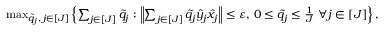
\begin{array} { r } { \operatorname* { m a x } _ { \tilde { q } _ { j } , \, j \in [ J ] } \left\{ \sum _ { j \in [ J ] } \tilde { q } _ { j } : \left\| \sum _ { j \in [ J ] } \tilde { q } _ { j } \widehat { y } _ { j } \widehat { x } _ { j } \right\| \leq \varepsilon , \, 0 \leq \tilde { q } _ { j } \leq \frac { 1 } { J } ~ \forall j \in [ J ] \right\} , } \end{array}